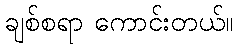
ချစ်စရာ ကောင်းတယ်။